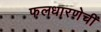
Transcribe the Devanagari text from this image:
फलधारणेची